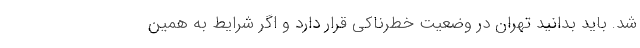
شد. باید بدانید تهران در وضعیت خطرناکی قرار دارد و اگر شرایط به همین